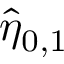
\hat { \eta } _ { 0 , 1 }